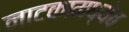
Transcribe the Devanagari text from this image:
नाटकामध्येच